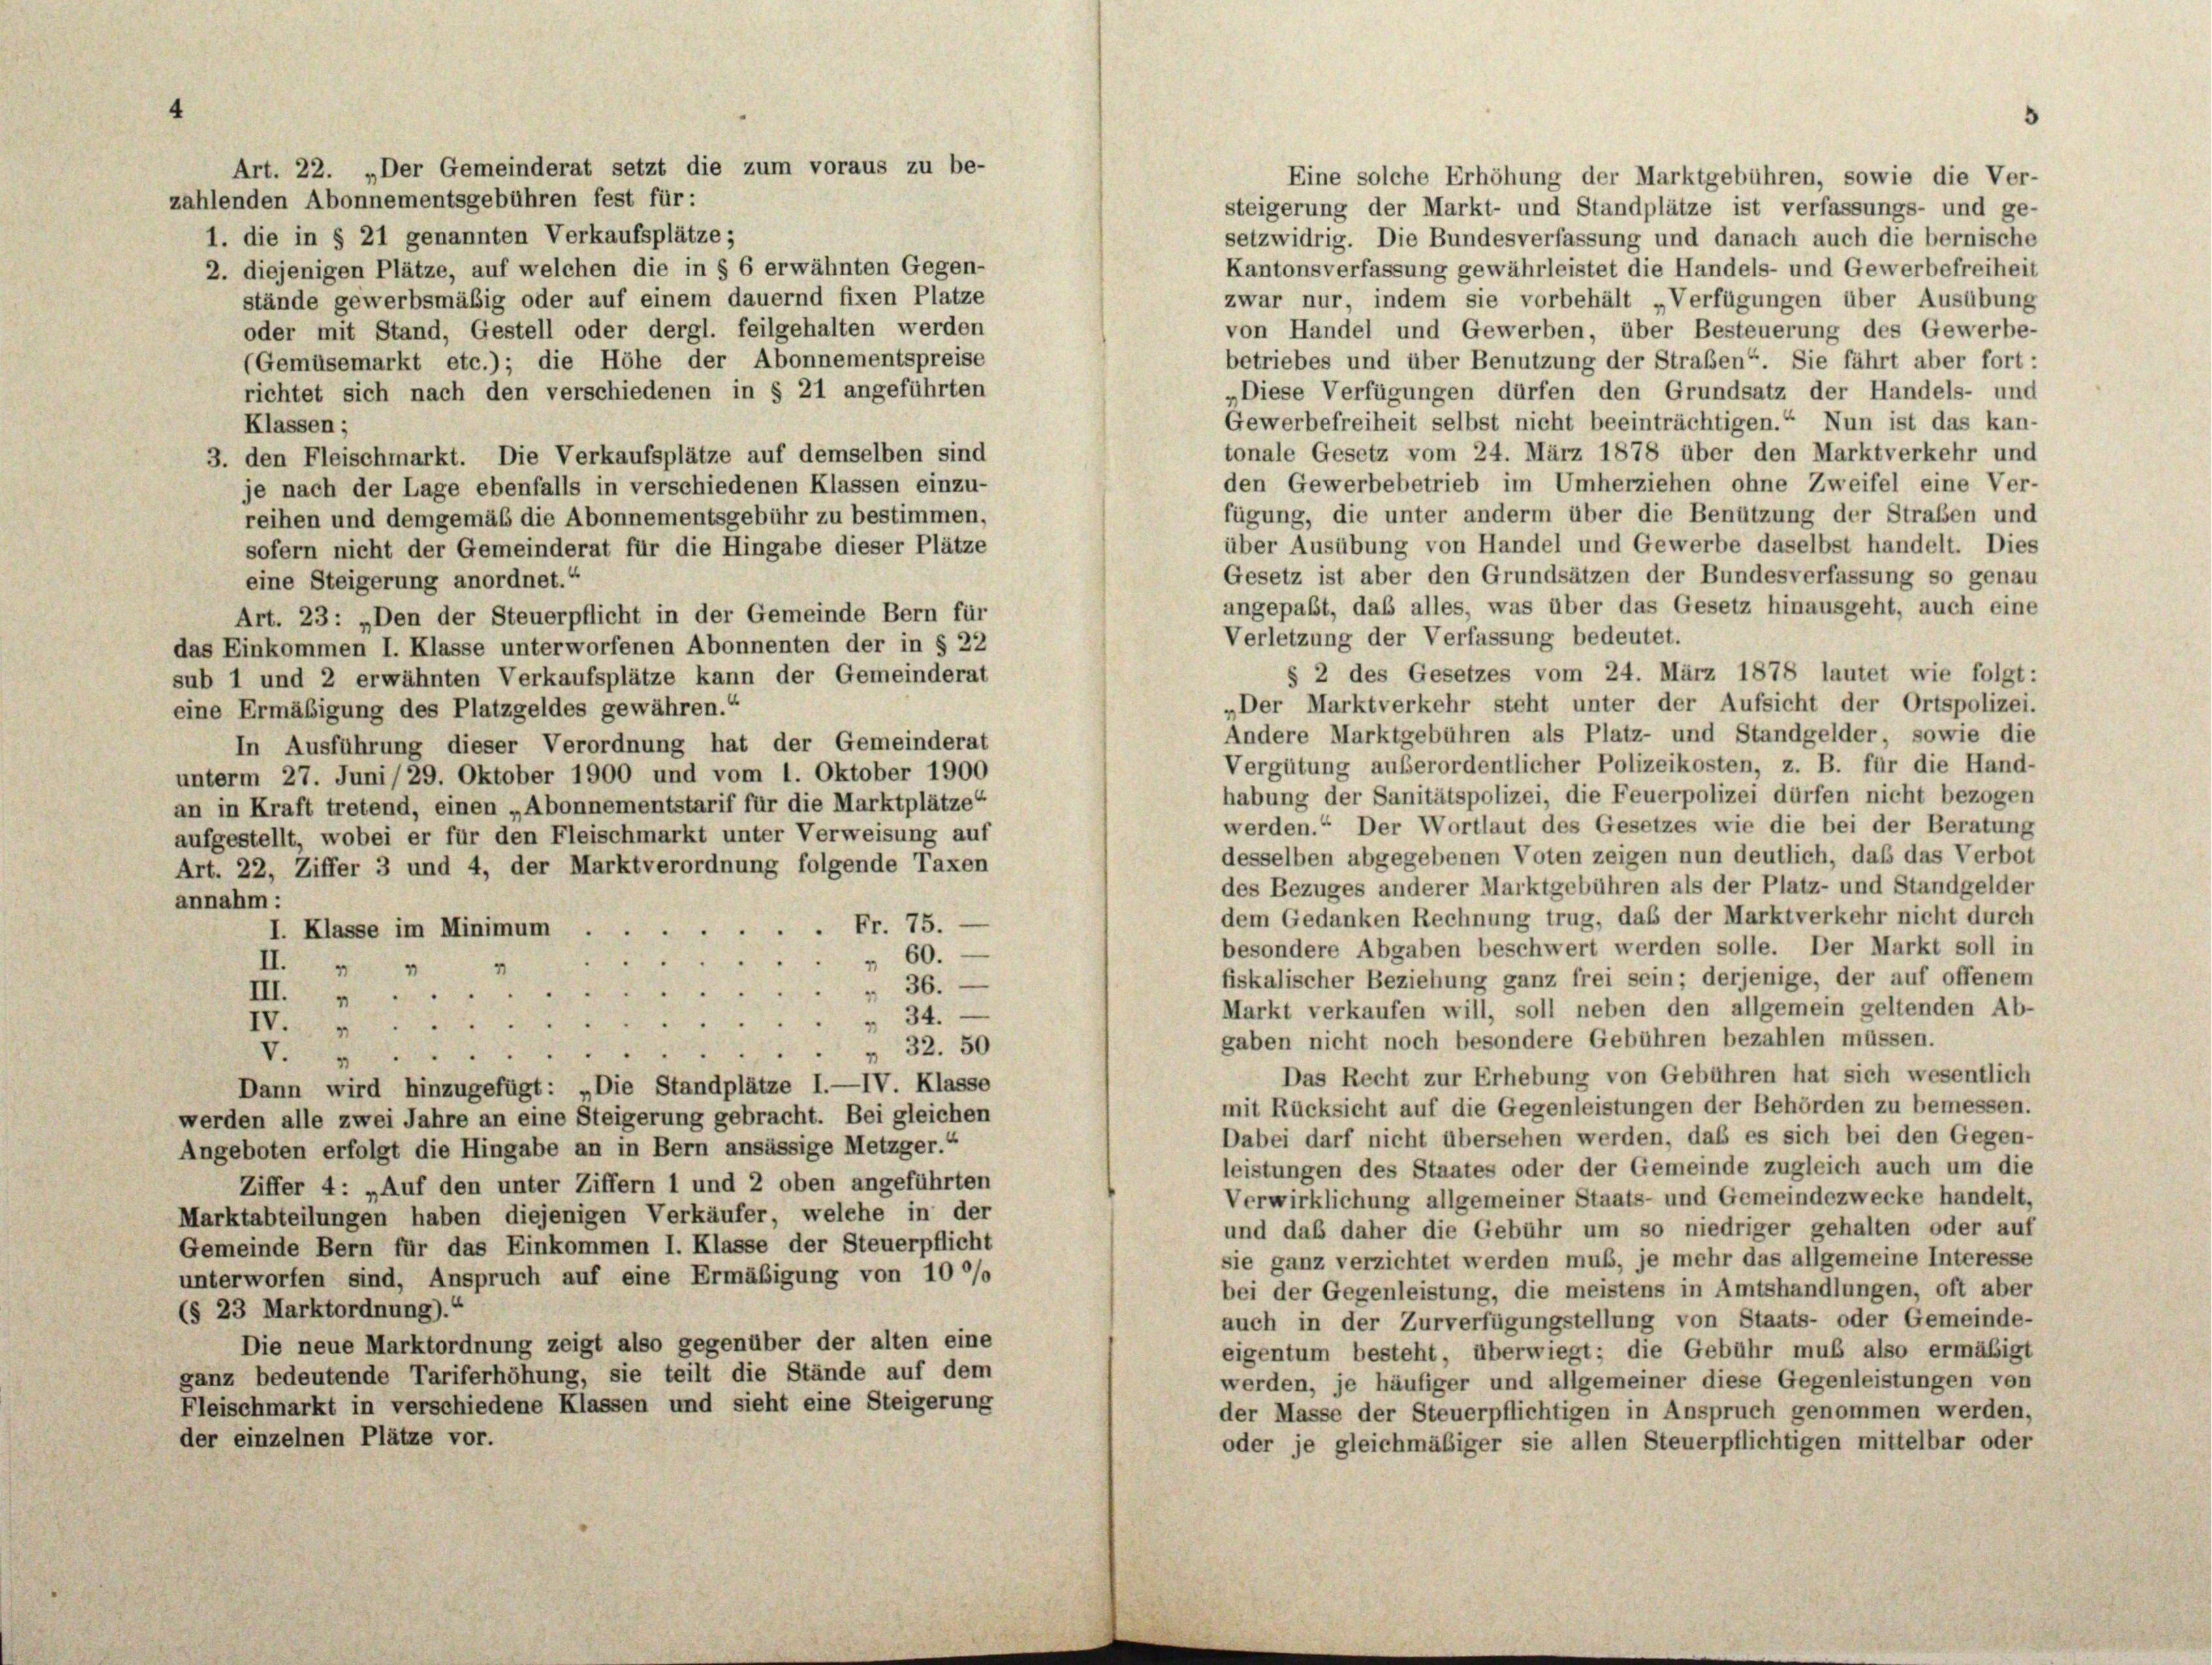
Art. 22. „Der Gemeinderat setzt die zum voraus zu be-
Eine solche Erhöhung der Marktgebühren, sowie die Ver-
zahlenden Abonnementsgebühren fest für:
steigerung der Markt- und Standplätze ist verfassungs- und ge-
1. die in § 21 genannten Verkaufsplätze;
setzwidrig. Die Bundesverfassung und danach auch die bernische
Kantonsverfassung gewährleistet die Handels- und Gewerbefreiheit
2. diejenigen Plätze, auf welchen die in § 6 erwähnten Gegen-
stände gewerbsmäßig oder auf einem dauernd fixen Platze
zwar nur, indem sie vorbehält „Verfügungen über Ausübung
von Handel und Gewerben, über Besteuerung des Gewerbe-
oder mit Stand, Gestell oder dergl. feilgehalten werden
betriebes und über Benutzung der Straßen“. Sie fährt aber fort:
(Gemüsemarkt etc.); die Höhe der Abonnementspreise
„Diese Verfügungen dürfen den Grundsatz der Handels- und
richtet sich nach den verschiedenen in § 21 angeführten
Gewerbefreiheit selbst nicht beeinträchtigen.“ Nun ist das kan-
Klassen;
tonale Gesetz vom 24. März 1878 über den Marktverkehr und
3. den Fleischmarkt. Die Verkaufsplätze auf demselben sind
den Gewerbebetrieb im Umherziehen ohne Zweifel eine Ver-
je nach der Lage ebenfalls in verschiedenen Klassen einzu-
fügung, die unter anderm über die Benützung der Straßen und
reihen und demgemäß die Abonnementsgebühr zu bestimmen,
über Ausübung von Handel und Gewerbe daselbst handelt. Dies
sofern nicht der Gemeinderat für die Hingabe dieser Plätze
Gesetz ist aber den Grundsätzen der Bundesverfassung so genau
eine Steigerung anordnet.“
angepaßt, daß alles, was über das Gesetz hinausgeht, auch eine
Art. 23: „Den der Steuerpflicht in der Gemeinde Bern für
Verletzung der Verfassung bedeutet.
das Einkommen I. Klasse unterworfenen Abonnenten der in § 22
§ 2 des Gesetzes vom 24. März 1878 lautet wie folgt:
sub 1 und 2 erwähnten Verkaufsplätze kann der Gemeinderat
„Der Marktverkehr steht unter der Aufsicht der Ortspolizei.
eine Ermäßigung des Platzgeldes gewähren.“
Andere Marktgebühren als Platz- und Standgelder, sowie die
In Ausführung dieser Verordnung hat der Gemeinderat
Vergütung außerordentlicher Polizeikosten, z. B. für die Hand-
unterm 27. Juni 29. Oktober 1900 und vom 1. Oktober 1900
habung der Sanitätspolizei, die Feuerpolizei dürfen nicht bezogen
an in Kraft tretend, einen „Abonnementstarif für die Marktplätze“
werden.“ Der Wortlaut des Gesetzes wie die bei der Beratung
aufgestellt, wobei er für den Fleischmarkt unter Verweisung auf
desselben abgegebenen Voten zeigen nun deutlich, daß das Verbot
Art. 22, Ziffer 3 und 4, der Marktverordnung folgende Taxen
des Bezuges anderer Marktgebühren als der Platz- und Standgelder
annahm :
dem Gedanken Rechnung trug, daß der Marktverkehr nicht durch
Fr. 75.
I. Klasse im Minimum
besondere Abgaben beschwert werden solle. Der Markt soll in
60.
e
II.
7
4
fiskalischer Beziehung ganz frei sein; derjenige, der auf offenem
36.
d
III.
Markt verkaufen will, soll neben den allgemein geltenden Ab-
IV. 34.
gaben nicht noch besondere Gebühren bezahlen müssen.
 32. 50
V.
Das Recht zur Erhebung von Gebühren hat sich wesentlich
Dann wird hinzugefügt: „Die Standplätze I.—IV. Klasse
mit Rücksicht auf die Gegenleistungen der Behörden zu bemessen.
werden alle zwei Jahre an eine Steigerung gebracht. Bei gleichen
Dabei darf nicht übersehen werden, daß es sich bei den Gegen-
Angeboten erfolgt die Hingabe an in Bern ansässige Metzger.“
leistungen des Staates oder der Gemeinde zugleich auch um die
Ziffer 4: „Auf den unter Ziffern 1 und 2 oben angeführten
Verwirklichung allgemeiner Staats- und Gemeindezwecke handelt,
Marktabteilungen haben diejenigen Verkäufer, welche in der
und daß daher die Gebühr um so niedriger gehalten oder auf
Gemeinde Bern für das Einkommen I. Klasse der Steuerpflicht
sie ganz verzichtet werden muß, je mehr das allgemeine Interesse
unterworfen sind, Anspruch auf eine Ermäßigung von 100%
bei der Gegenleistung, die meistens in Amtshandlungen, oft aber
(§ 23 Marktordnung).“
auch in der Zurverfügungstellung von Staats- oder Gemeinde-
Die neue Marktordnung zeigt also gegenüber der alten eine
eigentum besteht, überwiegt; die Gebühr muß also ermäßigt
ganz bedeutende Tariferhöhung, sie teilt die Stände auf dem
werden, je häufiger und allgemeiner diese Gegenleistungen von
Fleischmarkt in verschiedene Klassen und sieht eine Steigerung
der Masse der Steuerpflichtigen in Anspruch genommen werden,
der einzelnen Plätze vor.
oder je gleichmäßiger sie allen Steuerpflichtigen mittelbar oder